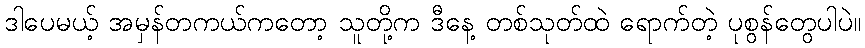
ဒါပေမယ့် အမှန်တကယ်ကတော့ သူတို့က ဒီနေ့ တစ်သုတ်ထဲ ရောက်တဲ့ ပုစွန်တွေပါပဲ။